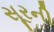
સૂરની